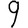
Digit: 9